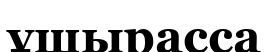
ұшырасса